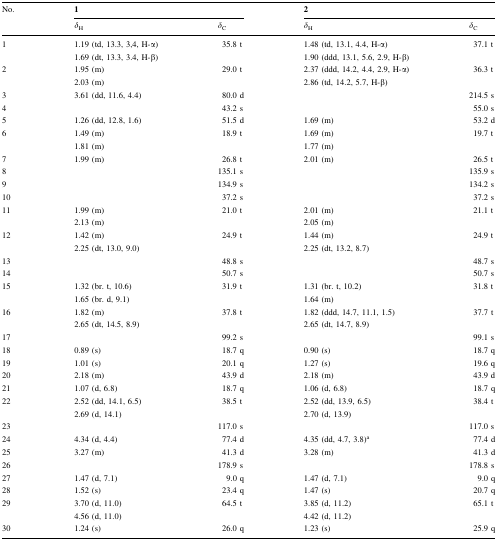
<table><thead><tr><td rowspan="2"><b>No.</b></td><td colspan="2"><b>1</b></td><td colspan="2"><b>2</b></td></tr><tr><td><b><i>δ</i><sub>H</sub></b></td><td><b><i>δ</i><sub>C</sub></b></td><td><b><i>δ</i><sub>H</sub></b></td><td><b><i>δ</i><sub>C</sub></b></td></tr></thead><tbody><tr><td>1</td><td>1.19 (td, 13.3, 3,4, H-α)</td><td>35.8 t</td><td>1.48 (td, 13.1, 4.4, H-α)</td><td>37.1 t</td></tr><tr><td></td><td>1.69 (dt, 13.3, 3.4, H-β)</td><td></td><td>1.90 (ddd, 13.1, 5.6, 2.9, H-β)</td><td></td></tr><tr><td>2</td><td>1.95 (m)</td><td>29.0 t</td><td>2.37 (ddd, 14.2, 4.4, 2.9, H-α)</td><td>36.3 t</td></tr><tr><td></td><td>2.03 (m)</td><td></td><td>2.86 (td, 14.2, 5.7, H-β)</td><td></td></tr><tr><td>3</td><td>3.61 (dd, 11.6, 4.4)</td><td>80.0 d</td><td></td><td>214.5 s</td></tr><tr><td>4</td><td></td><td>43.2 s</td><td></td><td>55.0 s</td></tr><tr><td>5</td><td>1.26 (dd, 12.8, 1.6)</td><td>51.5 d</td><td>1.69 (m)</td><td>53.2 d</td></tr><tr><td>6</td><td>1.49 (m)</td><td>18.9 t</td><td>1.69 (m)</td><td>19.7 t</td></tr><tr><td></td><td>1.81 (m)</td><td></td><td>1.77 (m)</td><td></td></tr><tr><td>7</td><td>1.99 (m)</td><td>26.8 t</td><td>2.01 (m)</td><td>26.5 t</td></tr><tr><td>8</td><td></td><td>135.1 s</td><td></td><td>135.9 s</td></tr><tr><td>9</td><td></td><td>134.9 s</td><td></td><td>134.2 s</td></tr><tr><td>10</td><td></td><td>37.2 s</td><td></td><td>37.2 s</td></tr><tr><td>11</td><td>1.99 (m)</td><td>21.0 t</td><td>2.01 (m)</td><td>21.1 t</td></tr><tr><td></td><td>2.13 (m)</td><td></td><td>2.05 (m)</td><td></td></tr><tr><td>12</td><td>1.42 (m)</td><td>24.9 t</td><td>1.44 (m)</td><td>24.9 t</td></tr><tr><td></td><td>2.25 (dt, 13.0, 9.0)</td><td></td><td>2.25 (dt, 13.2, 8.7)</td><td></td></tr><tr><td>13</td><td></td><td>48.8 s</td><td></td><td>48.7 s</td></tr><tr><td>14</td><td></td><td>50.7 s</td><td></td><td>50.7 s</td></tr><tr><td>15</td><td>1.32 (br. t, 10.6)</td><td>31.9 t</td><td>1.31 (br. t, 10.2)</td><td>31.8 t</td></tr><tr><td></td><td>1.65 (br. d, 9.1)</td><td></td><td>1.64 (m)</td><td></td></tr><tr><td>16</td><td>1.82 (m)</td><td>37.8 t</td><td>1.82 (ddd, 14.7, 11.1, 1.5)</td><td>37.7 t</td></tr><tr><td></td><td>2.65 (dt, 14.5, 8.9)</td><td></td><td>2.65 (dt, 14.7, 8.9)</td><td></td></tr><tr><td>17</td><td></td><td>99.2 s</td><td></td><td>99.1 s</td></tr><tr><td>18</td><td>0.89 (s)</td><td>18.7 q</td><td>0.90 (s)</td><td>18.7 q</td></tr><tr><td>19</td><td>1.01 (s)</td><td>20.1 q</td><td>1.27 (s)</td><td>19.6 q</td></tr><tr><td>20</td><td>2.18 (m)</td><td>43.9 d</td><td>2.18 (m)</td><td>43.9 d</td></tr><tr><td>21</td><td>1.07 (d, 6.8)</td><td>18.7 q</td><td>1.06 (d, 6.8)</td><td>18.7 q</td></tr><tr><td>22</td><td>2.52 (dd, 14.1, 6.5)</td><td>38.5 t</td><td>2.52 (dd, 13.9, 6.5)</td><td>38.4 t</td></tr><tr><td></td><td>2.69 (d, 14.1)</td><td></td><td>2.70 (d, 13.9)</td><td></td></tr><tr><td>23</td><td></td><td>117.0 s</td><td></td><td>117.0 s</td></tr><tr><td>24</td><td>4.34 (d, 4.4)</td><td>77.4 d</td><td>4.35 (dd, 4.7, 3.8)<sup>a</sup></td><td>77.4 d</td></tr><tr><td>25</td><td>3.27 (m)</td><td>41.3 d</td><td>3.28 (m)</td><td>41.3 d</td></tr><tr><td>26</td><td></td><td>178.9 s</td><td></td><td>178.8 s</td></tr><tr><td>27</td><td>1.47 (d, 7.1)</td><td>9.0 q</td><td>1.47 (d, 7.1)</td><td>9.0 q</td></tr><tr><td>28</td><td>1.52 (s)</td><td>23.4 q</td><td>1.47 (s)</td><td>20.7 q</td></tr><tr><td>29</td><td>3.70 (d, 11.0)</td><td>64.5 t</td><td>3.85 (d, 11.2)</td><td>65.1 t</td></tr><tr><td></td><td>4.56 (d, 11.0)</td><td></td><td>4.42 (d, 11.2)</td><td></td></tr><tr><td>30</td><td>1.24 (s)</td><td>26.0 q</td><td>1.23 (s)</td><td>25.9 q</td></tr></tbody></table>